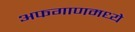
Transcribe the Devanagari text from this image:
अफगाणमध्ये